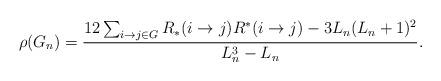
LaTeX: \begin{align*}\rho(G_n) = \frac{12 \sum_{i \to j \in G} R_\ast(i \to j)R^\ast(i \to j) - 3L_n(L_n + 1)^2} {L_n^3 - L_n}.\end{align*}